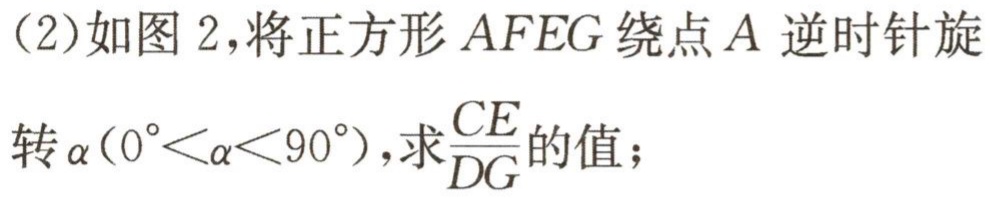
(2)如图2，将正方形\(AFEG\)绕点\(A\)逆时针旋
转\(\alpha(0^{\circ}<\alpha<90^{\circ})\)，求\(\frac{CE}{DG}\)的值；